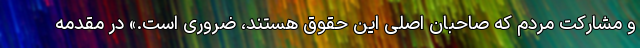
و مشارکت مردم که صاحبان اصلی این حقوق هستند، ضروری است.» در مقدمه